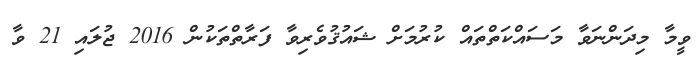
ވީމާ މިދަންނަވާ މަސައްކަތްތައް ކުރުމަށް ޝައުޤުވެރިވާ ފަރާތްތަކުން 2016 ޖުލައި 21 ވާ